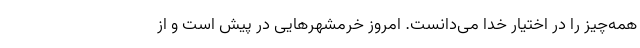
همه‌چیز را در اختیار خدا می‌دانست. امروز خرمشهرهایی در پیش است و از